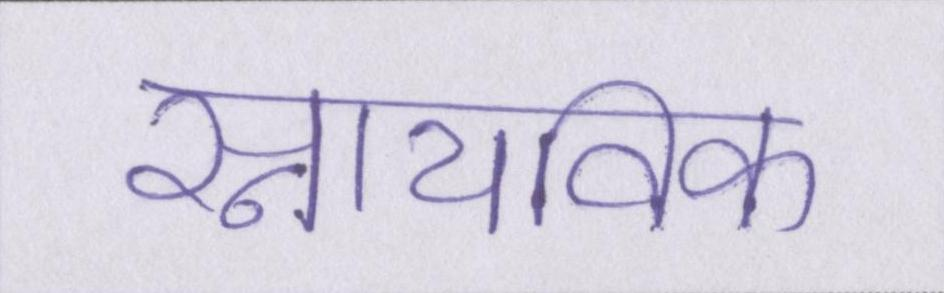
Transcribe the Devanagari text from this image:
स्नायविक